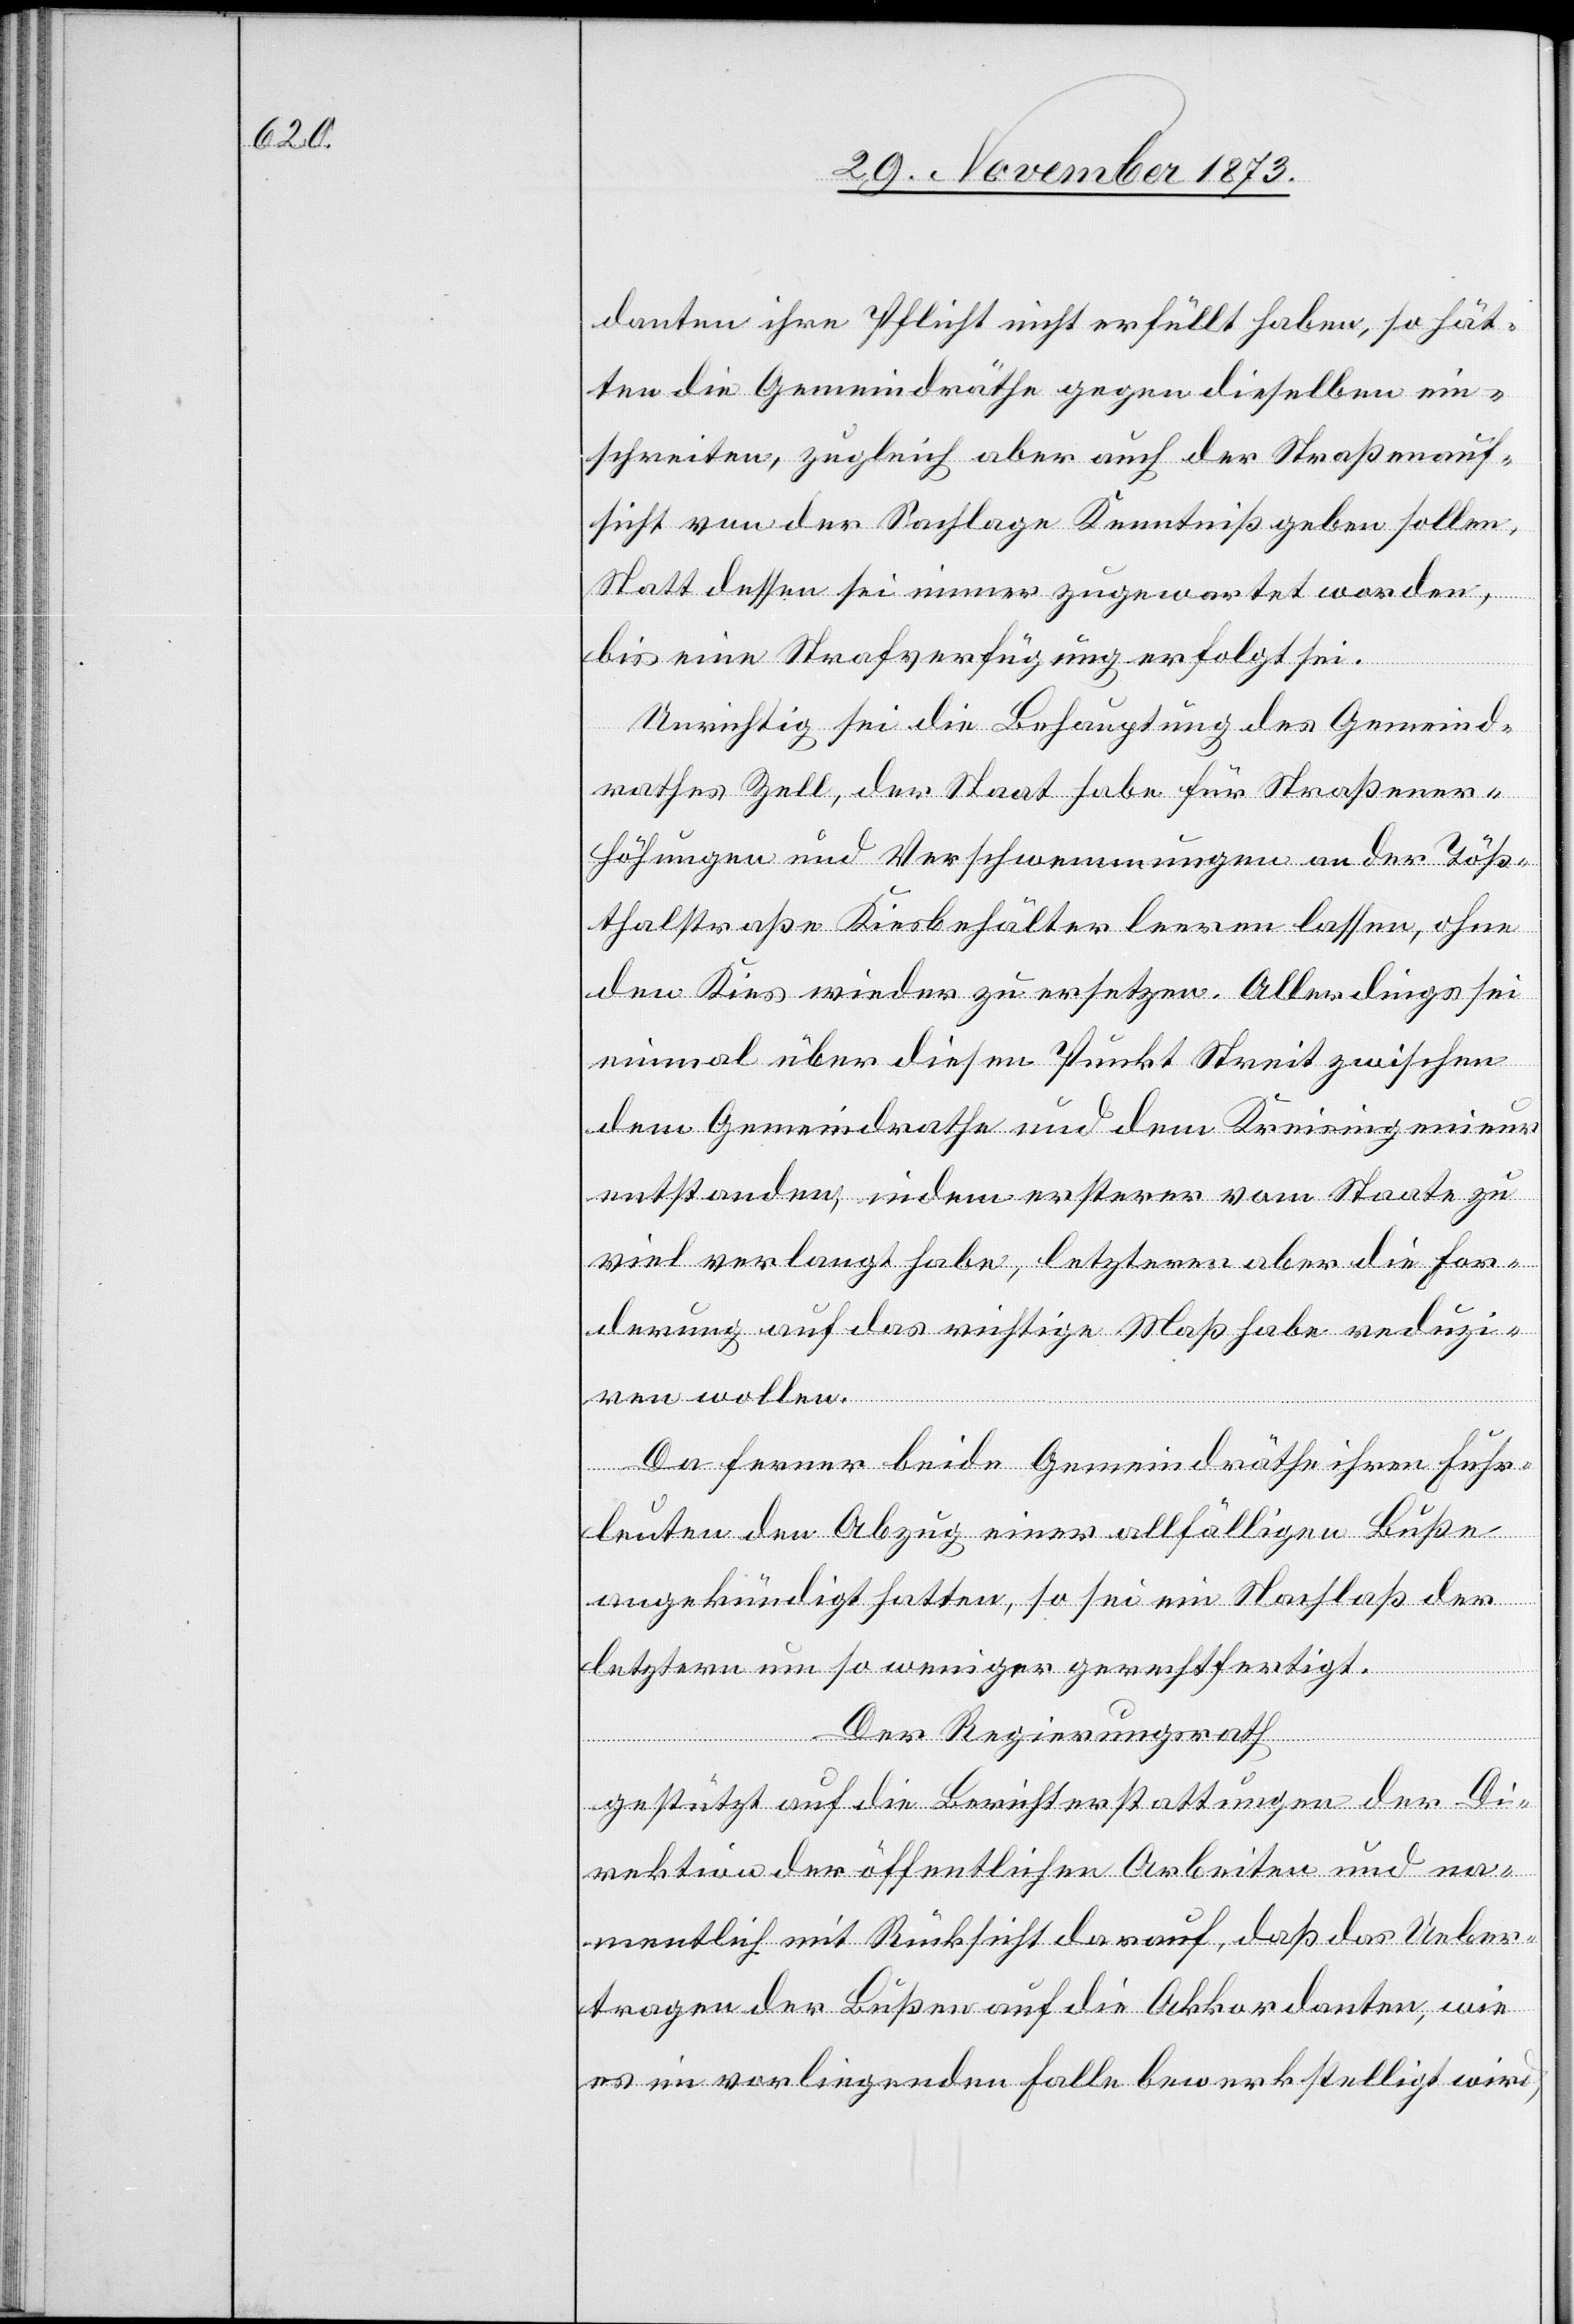
danten ihre Pflicht nicht erfüllt haben, so hät¬
ten die Gemeindräthe gegen dieselben ein¬
schreiten, zugleich aber auch der Straßenauf¬
sicht von der Sachlage Kenntniß geben sollen.
Statt dessen sei immer zugewartet worden,
bis eine Strafverfügung erfolgt sei.
Unrichtig sei die Behauptung des Gemeind¬
rathes Zell, der Staat habe für Straßener¬
höhungen und Verschwemmungen an der Töß¬
thalstraße Kiesbehälter leeren lassen, ohne
den Kies wieder zu ersetzen. Allerdings sei
einmal über diesen Punkt Streit zwischen
dem Gemeindrathe und dem Kreisingenieur
entstanden, indem ersterer vom Staate zu
viel verlangt habe, letzterer aber die For¬
derung auf das richtige Maß habe reduzi¬
ren wollen.
Da ferner beide Gemeindräthe ihren Fuhr¬
leuten den Abzug einer allfälligen Buße
angekündigt hatten, so sei ein Nachlaß der
letztern um so weniger gerechtfertigt.
Der Regierungsrath
gestützt auf die Berichterstattungen der Di¬
rektion der öffentlichen Arbeiten und na¬
mentlich mit Rücksicht darauf, daß das Ueber¬
tragen der Bußen auf die Akkordanten, wie
es im vorliegenden Falle bewerkstelligt wird,